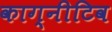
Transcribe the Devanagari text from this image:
काग्नीटिव